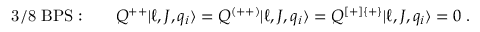
\mathrm { 3 / 8 ~ B P S : } \qquad Q ^ { + + } | \ell , J , q _ { i } \rangle = Q ^ { ( + + ) } | \ell , J , q _ { i } \rangle = Q ^ { [ + ] \{ + \} } | \ell , J , q _ { i } \rangle = 0 \; .